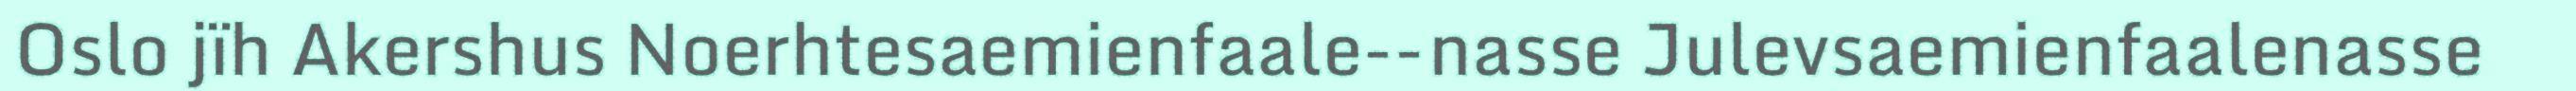
Oslo jïh Akershus Noerhtesaemienfaale-‐nasse Julevsaemienfaalenasse